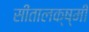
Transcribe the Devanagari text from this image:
सीतालक्ष्मी